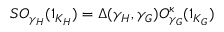
S O _ { \gamma _ { H } } ( 1 _ { K _ { H } } ) = \Delta ( \gamma _ { H } , \gamma _ { G } ) O _ { \gamma _ { G } } ^ { \kappa } ( 1 _ { K _ { G } } )